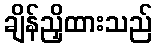
ချိန်ညှိထားသည်